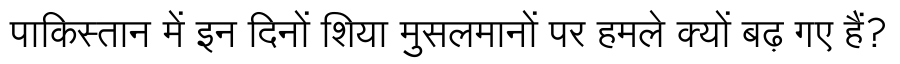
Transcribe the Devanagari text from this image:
पाकिस्तान में इन दिनों शिया मुसलमानों पर हमले क्यों बढ़ गए हैं?